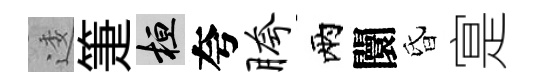
逶箑桓夸胯兩闤昏寔